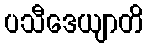
ပသီဒေယျာတိ